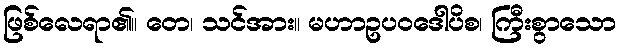
ဖြစ်လေရာ၏။ တေ၊ သင်အား။ မဟာဥပဝဒေါပိစ၊ ကြီးစွာသော